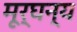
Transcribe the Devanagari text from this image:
मूर्घन्य